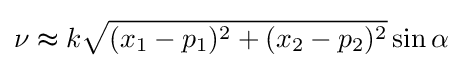
\nu \thickapprox k{\sqrt {(x_{1}-p_{1})^{2}+(x_{2}-p_{2})^{2}}}\sin \alpha